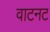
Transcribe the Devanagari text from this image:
वाटनट